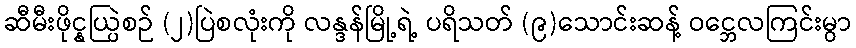
ဆီမီးဖိုင္နယ္ပြဲစဉ် (၂)ပြဲစလုံးကို လန္ဒန်မြို့ရဲ့ ပရိသတ် (၉)သောင်းဆန့် ဝင္ဘေလကြင်းမွာ